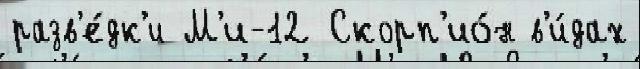
разв'е́дк'и М'и-12 Скорп'ио́н в'и́дах